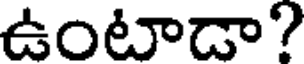
ఉంటాడా?